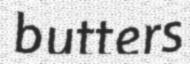
butters